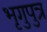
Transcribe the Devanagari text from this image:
भृगुपुत्र